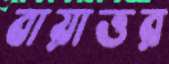
বায়াত্তর